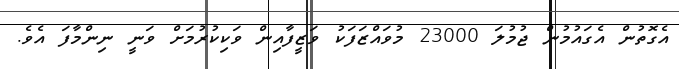
އެގޮތުން އެގައުމުން ޖުމުލަ 23000 މުވައްޒަފަކު ވަޒީފާއިން ވަކިކުރުމަށް ވަނީ ނިންމާފަ އެވެ.